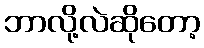
ဘာလို့လဲဆိုတော့